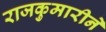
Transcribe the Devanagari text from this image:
राजकुमारीने